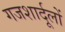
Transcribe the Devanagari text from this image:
गजशार्दूलों